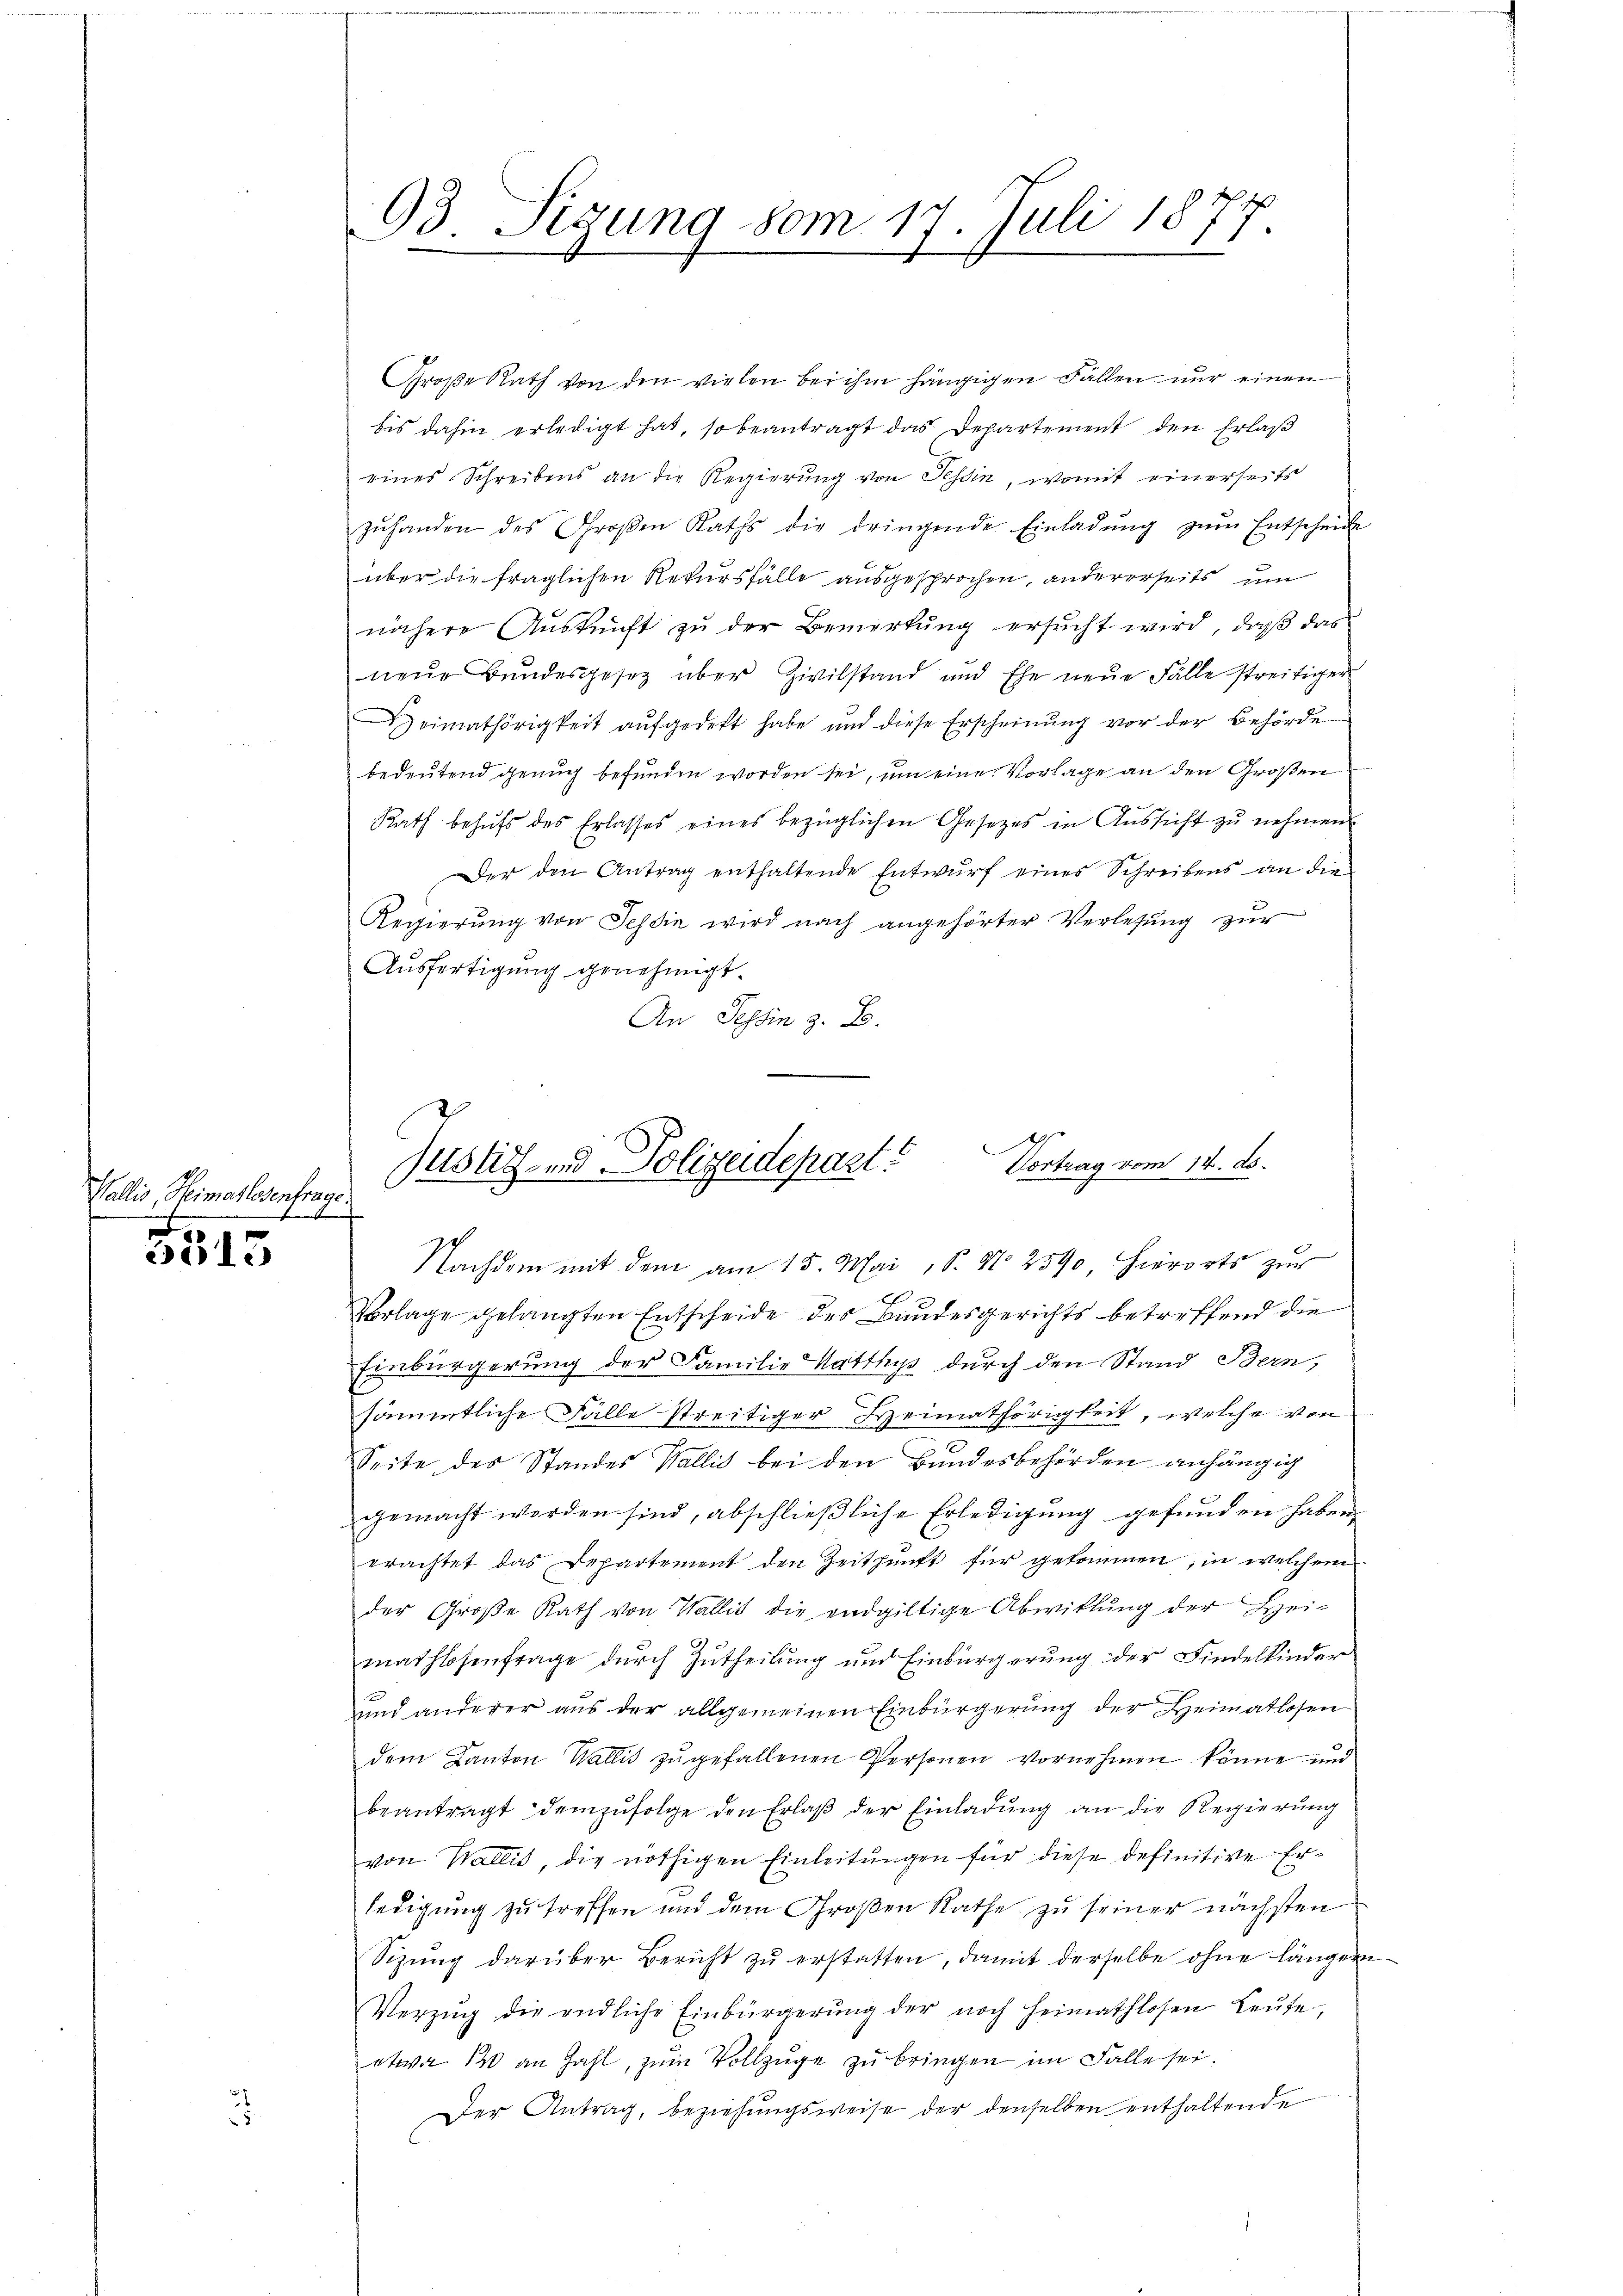
Wallis, Heimatlosentrage
1

5515

Große Rath von den vielen bei ihm hängigen Fällen nur einen
bis dahin erledigt hat, so beantragt das Departement den Erlaß
eines Schreibens an die Regierŭng von Tessin, womit einerseits
zŭhanden des Großen Raths die dringende Einladŭng zŭm Entscheide
über die fraglichen Rekursfälle ausgesprochen, andererseits um
nähere Aŭskŭnft zŭ der Bemerkŭng ersŭcht wird, daβ das
neue Bundesgesetz über Zivilstand und Ehe neue Fälle streitiger
Heimathörigkeit aŭfgedekt habe und diese Erscheinŭng vor der Behörde
bedeutend genug befunden worden sei, um eine Vorlage an den Großen
Rath behŭfs des Erlasses eines bezüglichen Gesetzes in Aŭssicht zŭ nehmen.
Der den Antrag enthaltende Entwurf eines Schreibens an die
5
Regierung von Tessin wird nach angehörter Verlesung zur
Ausfertigung genehmigt.
An Tessin z. B.

93. Sigung vom 17. Juli 1877.

.
Justiz- und Polizeidepart. Vortrag vom 14. d.

Nachdem mit dem am 15. Mai, 8. No 2590 Hierorts zur
Vorlage gelangten Entscheide des Bundesgerichts betreffend die
Einbürgerung der Familie Matthys durch den Stand Bern,
sämmtliche Fälle streitiger Heimathörigkeit, welche von
Seite des Standes Wallis bei den Bundesbehörden anhängig
gemacht worden sind, abschließliche Erledigung gefunden haben,
erachtet das Departement den Zeithŭnft für gekommen, in welchem
der Große Rath von Wallis die endgültige Abwitlung der Hei-
mathlosenfrage durch Zutheilung und Einbürgerung der Findelkinder
und anderer aus der allgemeinen Einbürgerung der Heimatlosen
dem Kanton Wallis zu gefallenen Personen vornehmen könne und
beantragt demzufolge den Erlaβ der Einladŭng an die Regierŭng
von Wallis, die nöthigen Einleitungen für diese definitive Erledigung zu treffen und dem Großen Rathe zu seiner nächsten
Sizŭng darüber Bericht zŭ erstatten, damit derselbe ohne länger
Verzŭg die endliche Einbürgerŭng der noch heimathlosen Leŭte,
etwa 14 an Zahl, zum Vollzüge zu bringen im Falle sei.
Der Antrag, beziehungsweise der denselben enthaltende